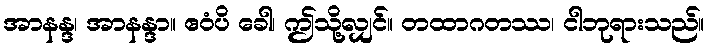
အာနန္ဒ၊ အာနန္ဒာ။ ဧဝံပိ ခေါ၊ ဤသို့လျှင်။ တထာဂတဿ၊ ငါဘုရားသည်။